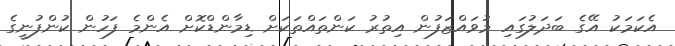
އެކަމަކު އޭގެ ބަދަލުގައި މުވައްޒަފުން އިތުރު ކަންތައްތަކަށް ޑިމާންޑްކޮށް އެންމެ ފަހުން ކުންފުނީގެ